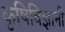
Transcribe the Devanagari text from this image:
कृषिविज्ञानी